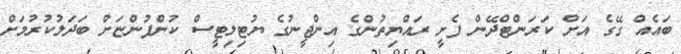
ބައެއް ގޭގެ އަށް ކަރަންޓްދޭން ފެށީ ރައްޔިތުންގެ އިންޖީނުގެ ޔުޓިލިޓީސް ކުންފުންޏަށް ބަދަލުކުރުމަށް